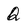
Character: Q